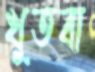
খুতবা